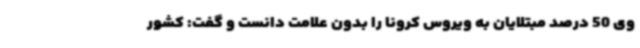
وی 50 درصد مبتلایان به ویروس کرونا را بدون علامت دانست و گفت: کشور